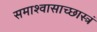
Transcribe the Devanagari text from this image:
समाश्वासाच्छास्त्रं